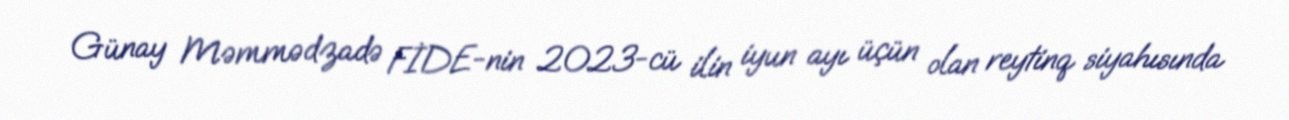
Günay Məmmədzadə FİDE-nin 2023-cü ilin iyun ayı üçün olan reytinq siyahısında